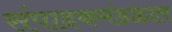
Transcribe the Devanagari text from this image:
संपादकमंडळात